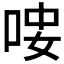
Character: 𠳴